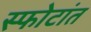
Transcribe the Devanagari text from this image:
स्फोटांत